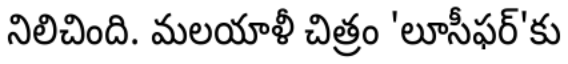
నిలిచింది. మలయాళీ చిత్రం 'లూసీఫర్'కు